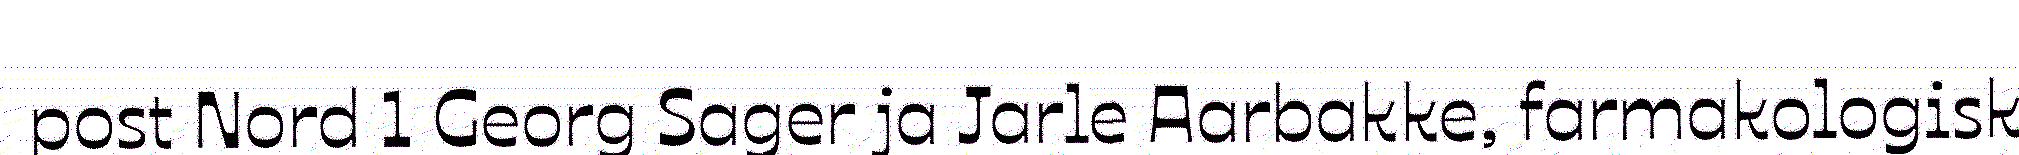
post Nord 1 Georg Sager ja Jarle Aarbakke, farmakologisk